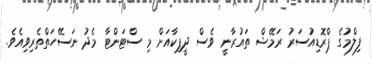
ފިލްމުގެ ޕްރޮޑިއުސަރު ރަމޭޝް ތައުރާނީ ވެސް ދީޕިކާއަށް މި ސްޓަންޓާ މެދު ނަސޭހަތްތެރިވިއެވެ.